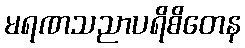
မရဏသညာပရိစိတေန